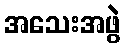
အသေးအဖွဲ